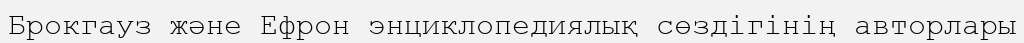
Брокгауз және Ефрон энциклопедиялық сөздігінің авторлары